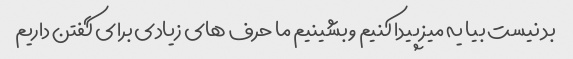
بد نیست بیا یه میز پیدا کنیم و بشینیم ما حرف های زیادی برای گفتن داریم